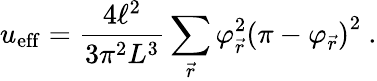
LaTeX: u_{\mathrm{eff}}=\frac{4\ell^{2}}{3\pi^{2}L^{3}}\sum_{\vec{r}}\varphi_{\vec{r}}^{2}\left(\pi-\varphi_{\vec{r}}\right)^{2}\ .